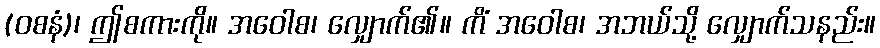
(ဝစနံ)၊ ဤစကားကို။ အဝေါစ၊ လျှောက်၏။ ကိံ အဝေါစ၊ အဘယ်သို့ လျှောက်သနည်း။